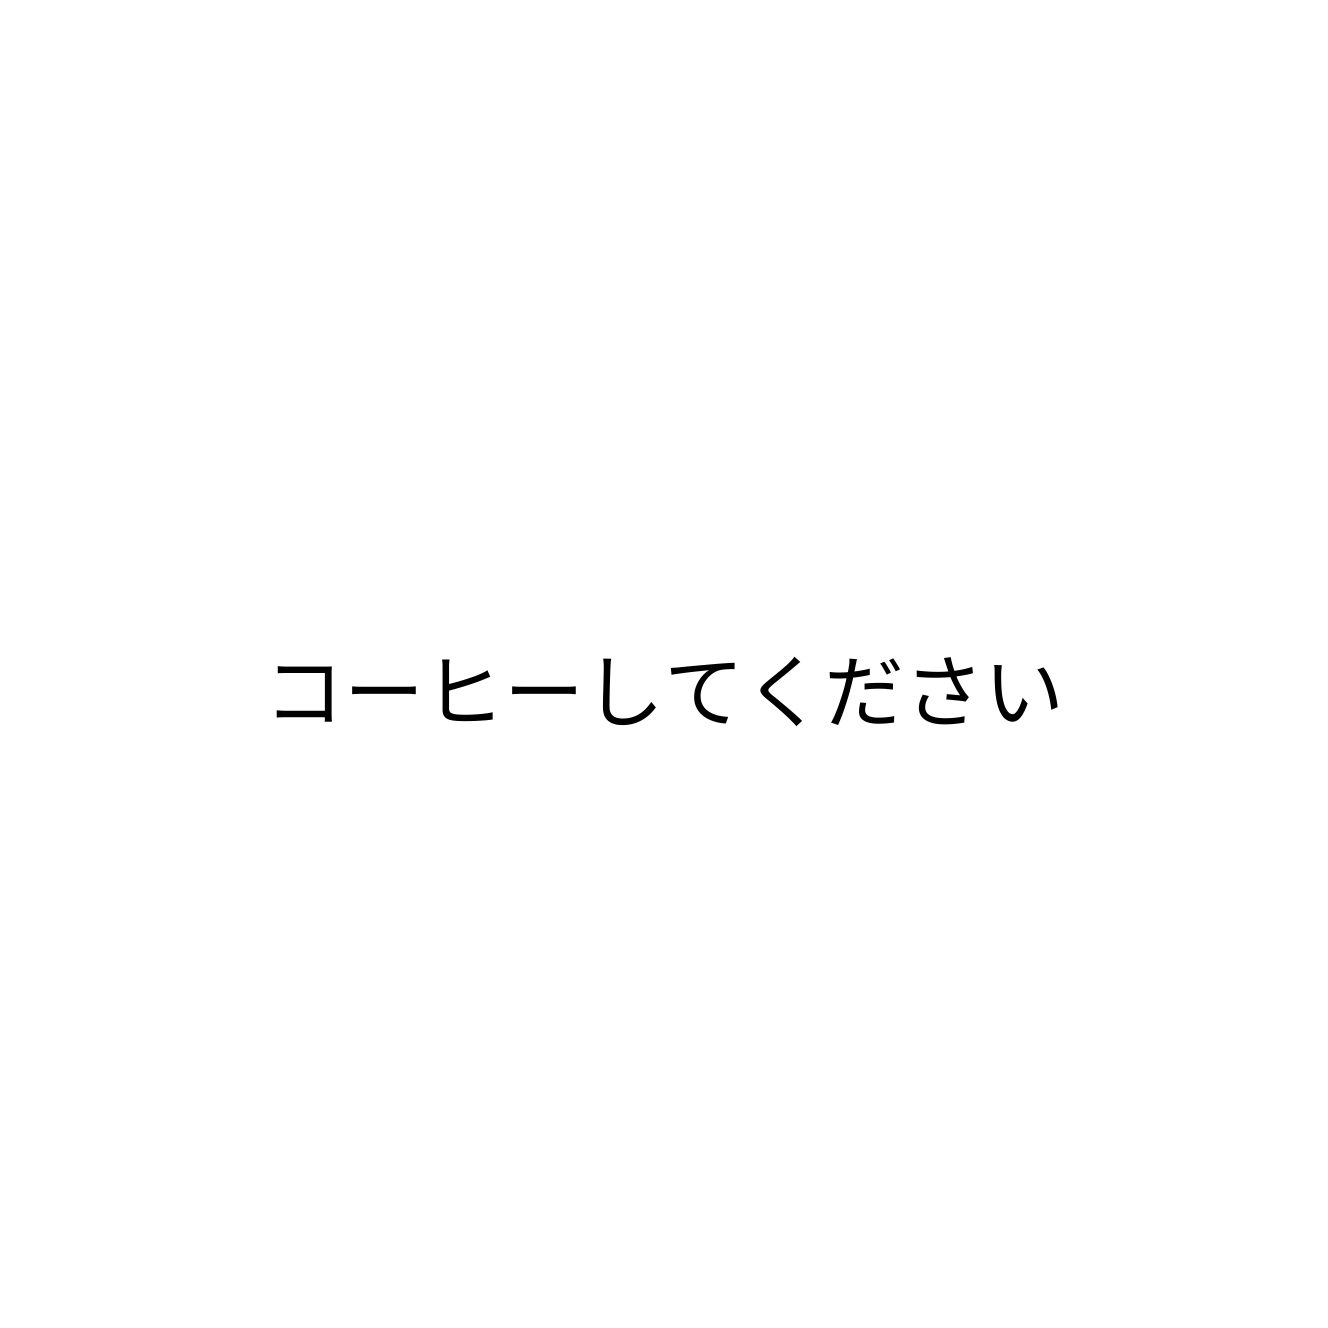
コーヒーしてください